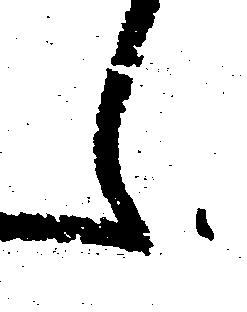
え